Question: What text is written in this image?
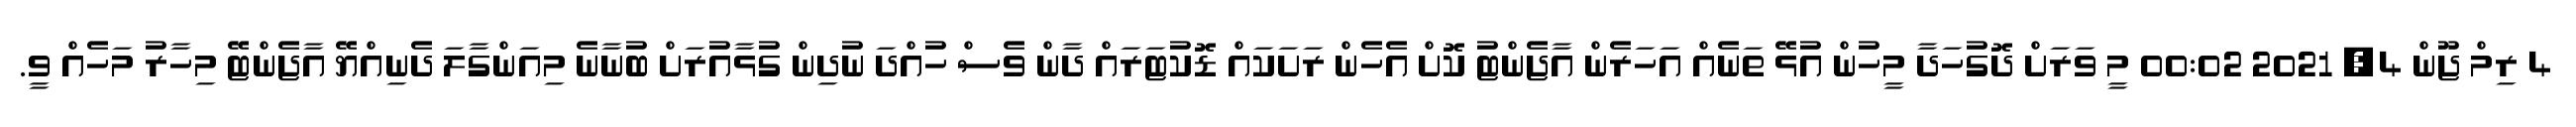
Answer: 4 ރިމް ޖޫން 4, 2021 00:02 މީ ވަރަށް ދޮގުހަދާ މީހުން އުޅޭ ތަނެއް އަހަރެން އާޖެންޓު ކޮށް އެހެން ރަށަކައް ޑޮކުޓަރައް ދާން ވެސް ހުއްދަ ނުދިން ގުޅާއުރަށް ބުނާނެ މިއަންގާލަ ދެނިއްޔޭ އާޖެންޓޭ މިހާރު މަހެއް ވީ.